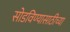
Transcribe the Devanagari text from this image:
सोडविण्यासाठीच्या